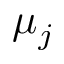
\mu _ { j }